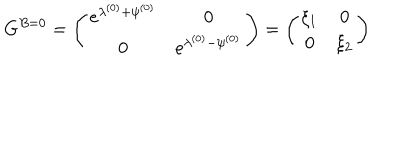
G ^ { B = 0 } = \left( \begin{array} { c c } { { e ^ { \lambda ^ { ( 0 ) } + \psi ^ { ( 0 ) } } } } & { { 0 } } \\ { { 0 } } & { { e ^ { \lambda ^ { ( 0 ) } - \psi ^ { ( 0 ) } } } } \\ \end{array} \right) = \left( \begin{array} { c c } { { \xi _ { 1 } } } & { { 0 } } \\ { { 0 } } & { { \xi _ { 2 } } } \\ \end{array} \right)